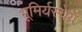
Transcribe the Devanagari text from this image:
भूमिर्यस्येयं